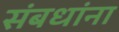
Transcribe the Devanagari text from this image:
संबधांना